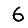
Digit: 6